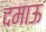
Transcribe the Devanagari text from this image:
दमाऊ